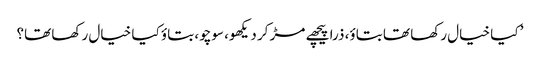
’ کیا خیال رکھا تھا بتاؤ، ذرا پیچھے مڑ کر دیکھو، سوچو، بتاؤ کیا خیال رکھا تھا؟